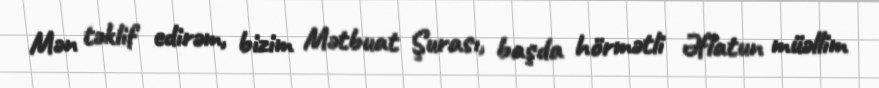
Mən təklif edirəm, bizim Mətbuat Şurası, başda hörmətli Əflatun müəllim